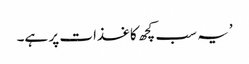
’یہ سب کچھ کاغذات پر ہے۔